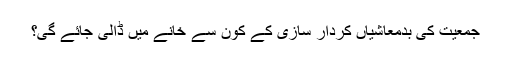
جمعیت کی بدمعاشیاں کردار سازی کے کون سے خانے میں ڈالی جائے گی؟